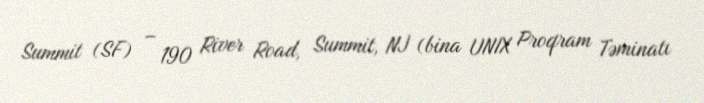
Summit (SF) – 190 River Road, Summit, NJ (bina UNIX Proqram Təminatı